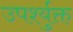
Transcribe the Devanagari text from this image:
उपर्श्युक्त